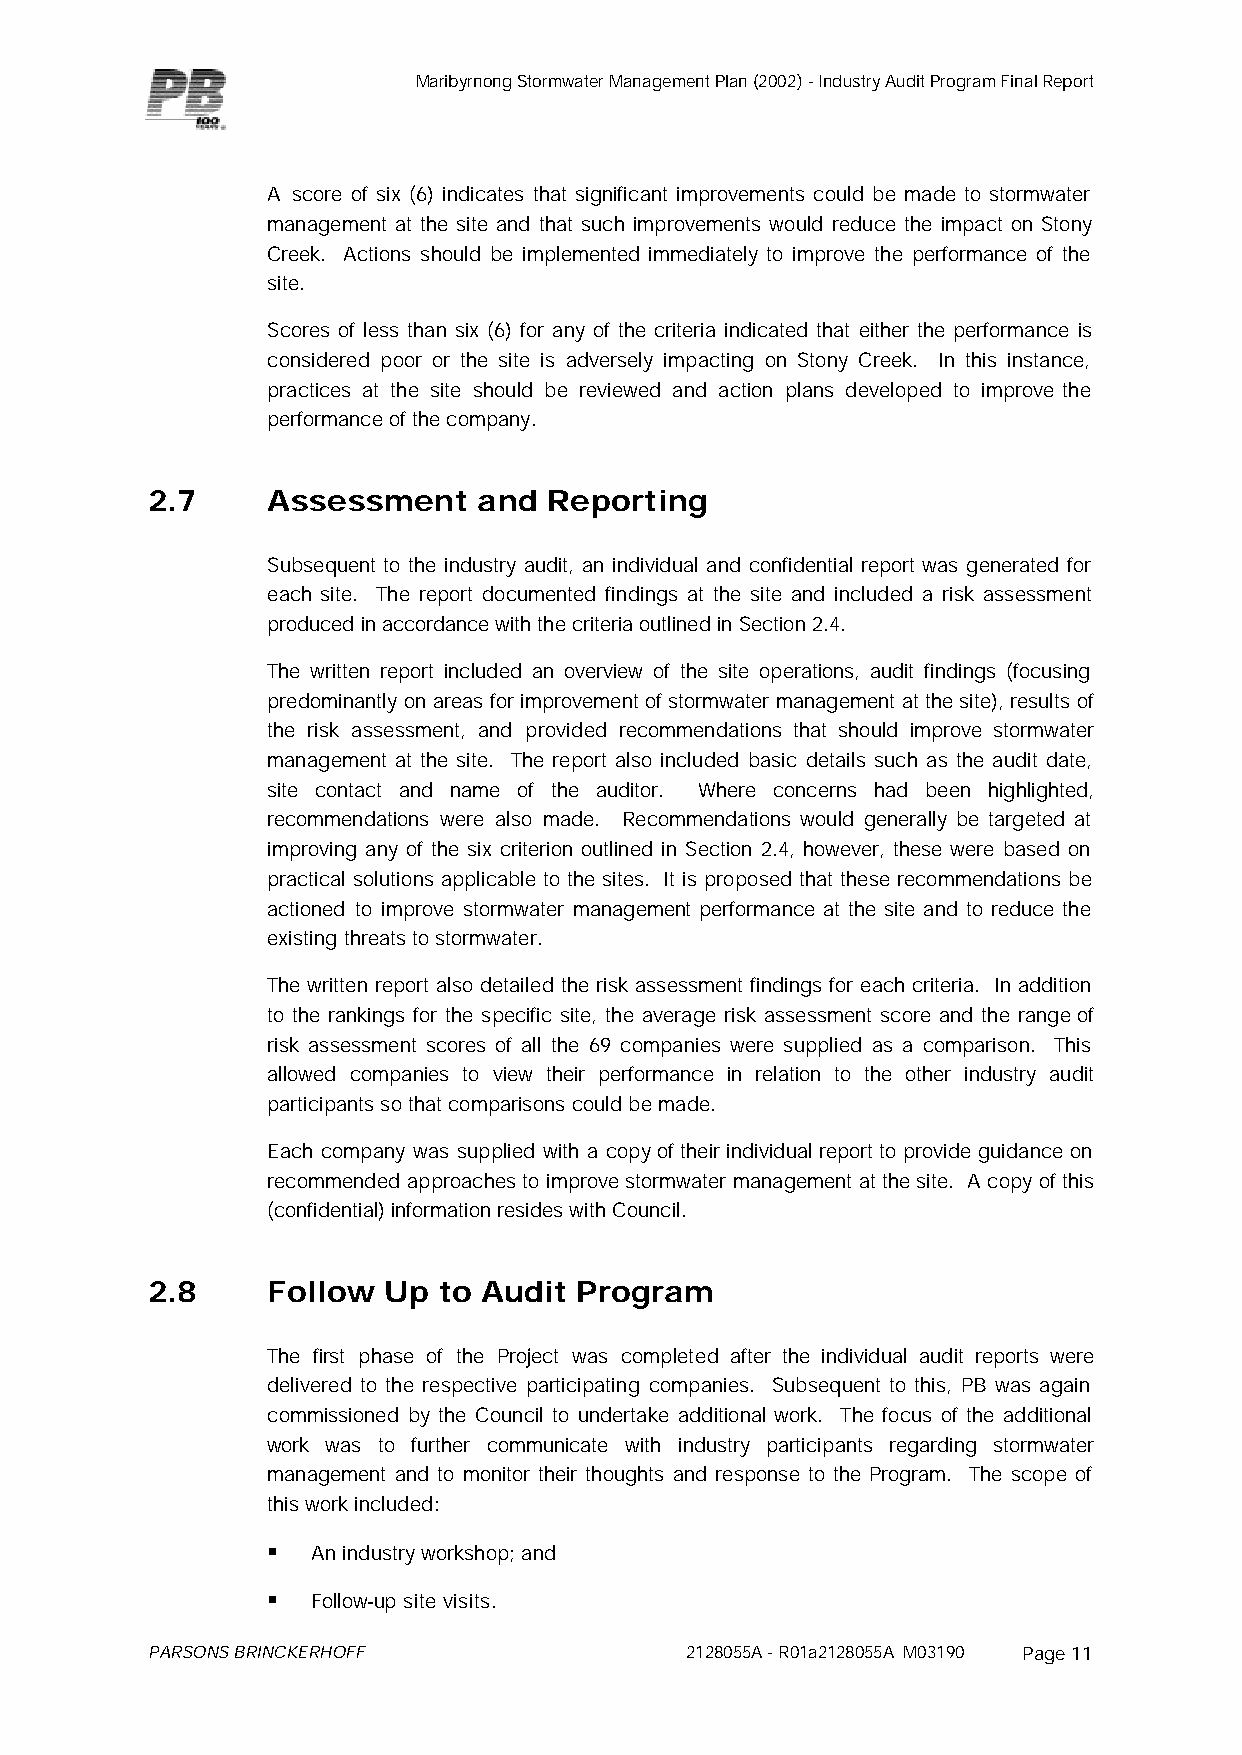
Maribyrnong Stormwater Management Plan (2002) - Industry Audit Program Final Report
 A score of six (6) indicates that significant improvements could be made to stormwater
 management at the site and that such improvements would reduce the impact on Stony
 Creek. Actions should be implemented immediately to improve the performance of the
 site.
 Scores of less than six (6) for any of the criteria indicated that either the performance is
 considered poor or the site is adversely impacting on Stony Creek. In this instance,
 practices at the site should be reviewed and action plans developed to improve the
 performance of the company.
 2.7     Assessment    and Reporting
 Subsequent to the industry audit, an individual and confidential report was generated for
 each site. The report documented findings at the site and included a risk assessment
 produced in accordance with the criteria outlined in Section 2.4.
 The written report included an overview of the site operations, audit findings (focusing
 predominantly on areas for improvement of stormwater management at the site), results of
 the risk assessment, and provided recommendations that should improve stormwater
 management at the site. The report also included basic details such as the audit date,
 site contact and name of the auditor. Where concerns had been highlighted,
 recommendations were also made. Recommendations would generally be targeted at
 improving any of the six criterion outlined in Section 2.4, however, these were based on
 practical solutions applicable to the sites. It is proposed that these recommendations be
 actioned to improve stormwater management performance at the site and to reduce the
 existing threats to stormwater.
 The written report also detailed the risk assessment findings for each criteria. In addition
 to the rankings for the specific site, the average risk assessment score and the range of
 risk assessment scores of all the 69 companies were supplied as a comparison. This
 allowed companies to view their performance in relation to the other industry audit
 participants so that comparisons could be made.
 Each company was supplied with a copy of their individual report to provide guidance on
 recommended approaches to improve stormwater management at the site. A copy of this
 (confidential) information resides with Council.
 2.8     Follow Up  to Audit Program
 The first phase of the Project was completed after the individual audit reports were
 delivered to the respective participating companies. Subsequent to this, PB was again
 commissioned by the Council to undertake additional work. The focus of the additional
 work was to further communicate with industry participants regarding stormwater
 management and to monitor their thoughts and response to the Program. The scope of
 this work included:
 §  An industry workshop; and
 §  Follow-up site visits.
 PARSONS BRINCKERHOFF               2128055A - R01a2128055A M03190 Page 11